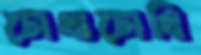
চোখাচোখি